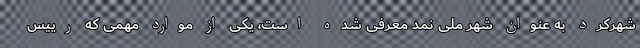
شهرکرد به عنوان شهر ملی نمد معرفی شده است، یکی از موارد مهمی که رییس